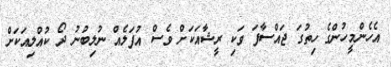
އެހެންމީހުންގެ ހިތުގަ ޖައްސާފަ ވަކި ރީޝާއަކަށް ވެސް އުފަލެއް ނުލިބުނު ދޯ ކުއްލިއަކަށް